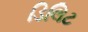
ડિલિટ